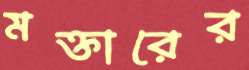
মক্তারের